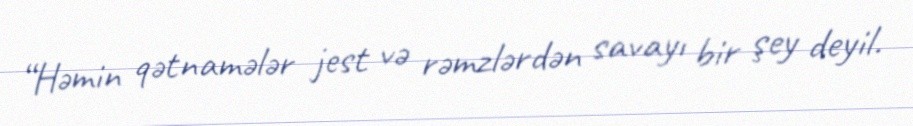
“Həmin qətnamələr jest və rəmzlərdən savayı bir şey deyil.